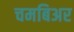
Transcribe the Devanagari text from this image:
चमबिअर